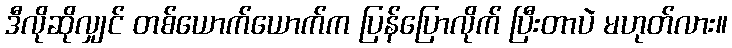
ဒီလိုဆိုလျှင် တစ်ယောက်ယောက်က ပြန်ပြောလိုက် ပြီးတာပဲ မဟုတ်လား။